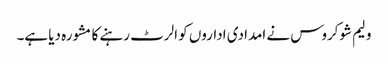
ولیم شوکروس نے امدادی اداروں کو الرٹ رہنے کا مشورہ دیا ہے۔